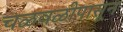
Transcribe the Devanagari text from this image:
चळवळीपासून